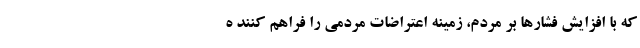
که با افزایش فشارها بر مردم، زمینه اعتراضات مردمی را فراهم کنند ه